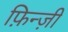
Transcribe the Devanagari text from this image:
फ़िन्ज़ी